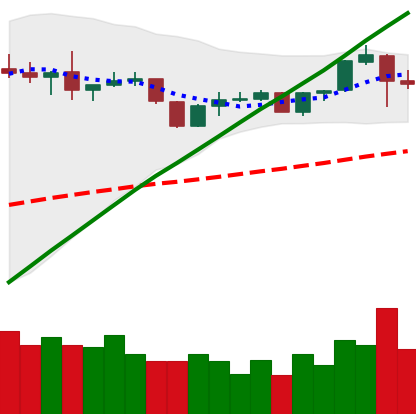
Ticker: BNB-USD
Chart end date: 2019-06-15
Forward return: 11.882%
Label: up_7plus